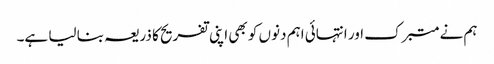
ہم نے متبرک اور انتہائی اہم دنوں کو بھی اپنی تفریح کا ذریعہ بنا لیا ہے۔